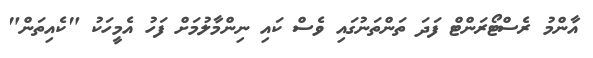
އާންމު ރެސްޓޯރަންޓް ފަދަ ތަންތަނުގައި ވެސް ކައި ނިންމާލުމަށް ފަހު އެމީހަކު "ކެއިތަން"